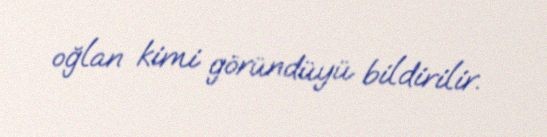
oğlan kimi göründüyü bildirilir.